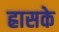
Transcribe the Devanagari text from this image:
ह्रासके